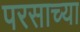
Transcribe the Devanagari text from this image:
परसाच्या